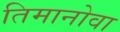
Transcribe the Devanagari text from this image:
तिमानोवा